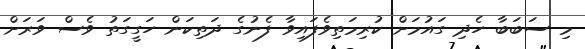
މި ސަބަބާ ހެދި ގައުމަށް ކުރިމަތިވެފައިވާ ފެނުގެ ދަތިކަން ހަގީގަތު ވެސް ވަރަށް